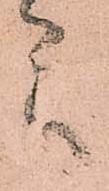
言